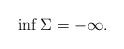
LaTeX: \begin{align*}\inf \Sigma =-\infty.\end{align*}